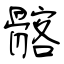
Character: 髂